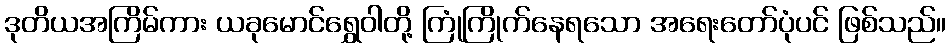
ဒုတိယအကြိမ်ကား ယခုမောင်ရွှေဝါတို့ ကြုံကြိုက်နေရသော အရေးတော်ပုံပင် ဖြစ်သည်။